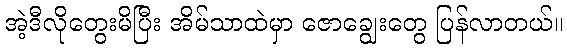
အဲ့ဒီလိုတွေးမိပြီး အိမ်သာထဲမှာ ဇောချွေးတွေ ပြန်လာတယ်။